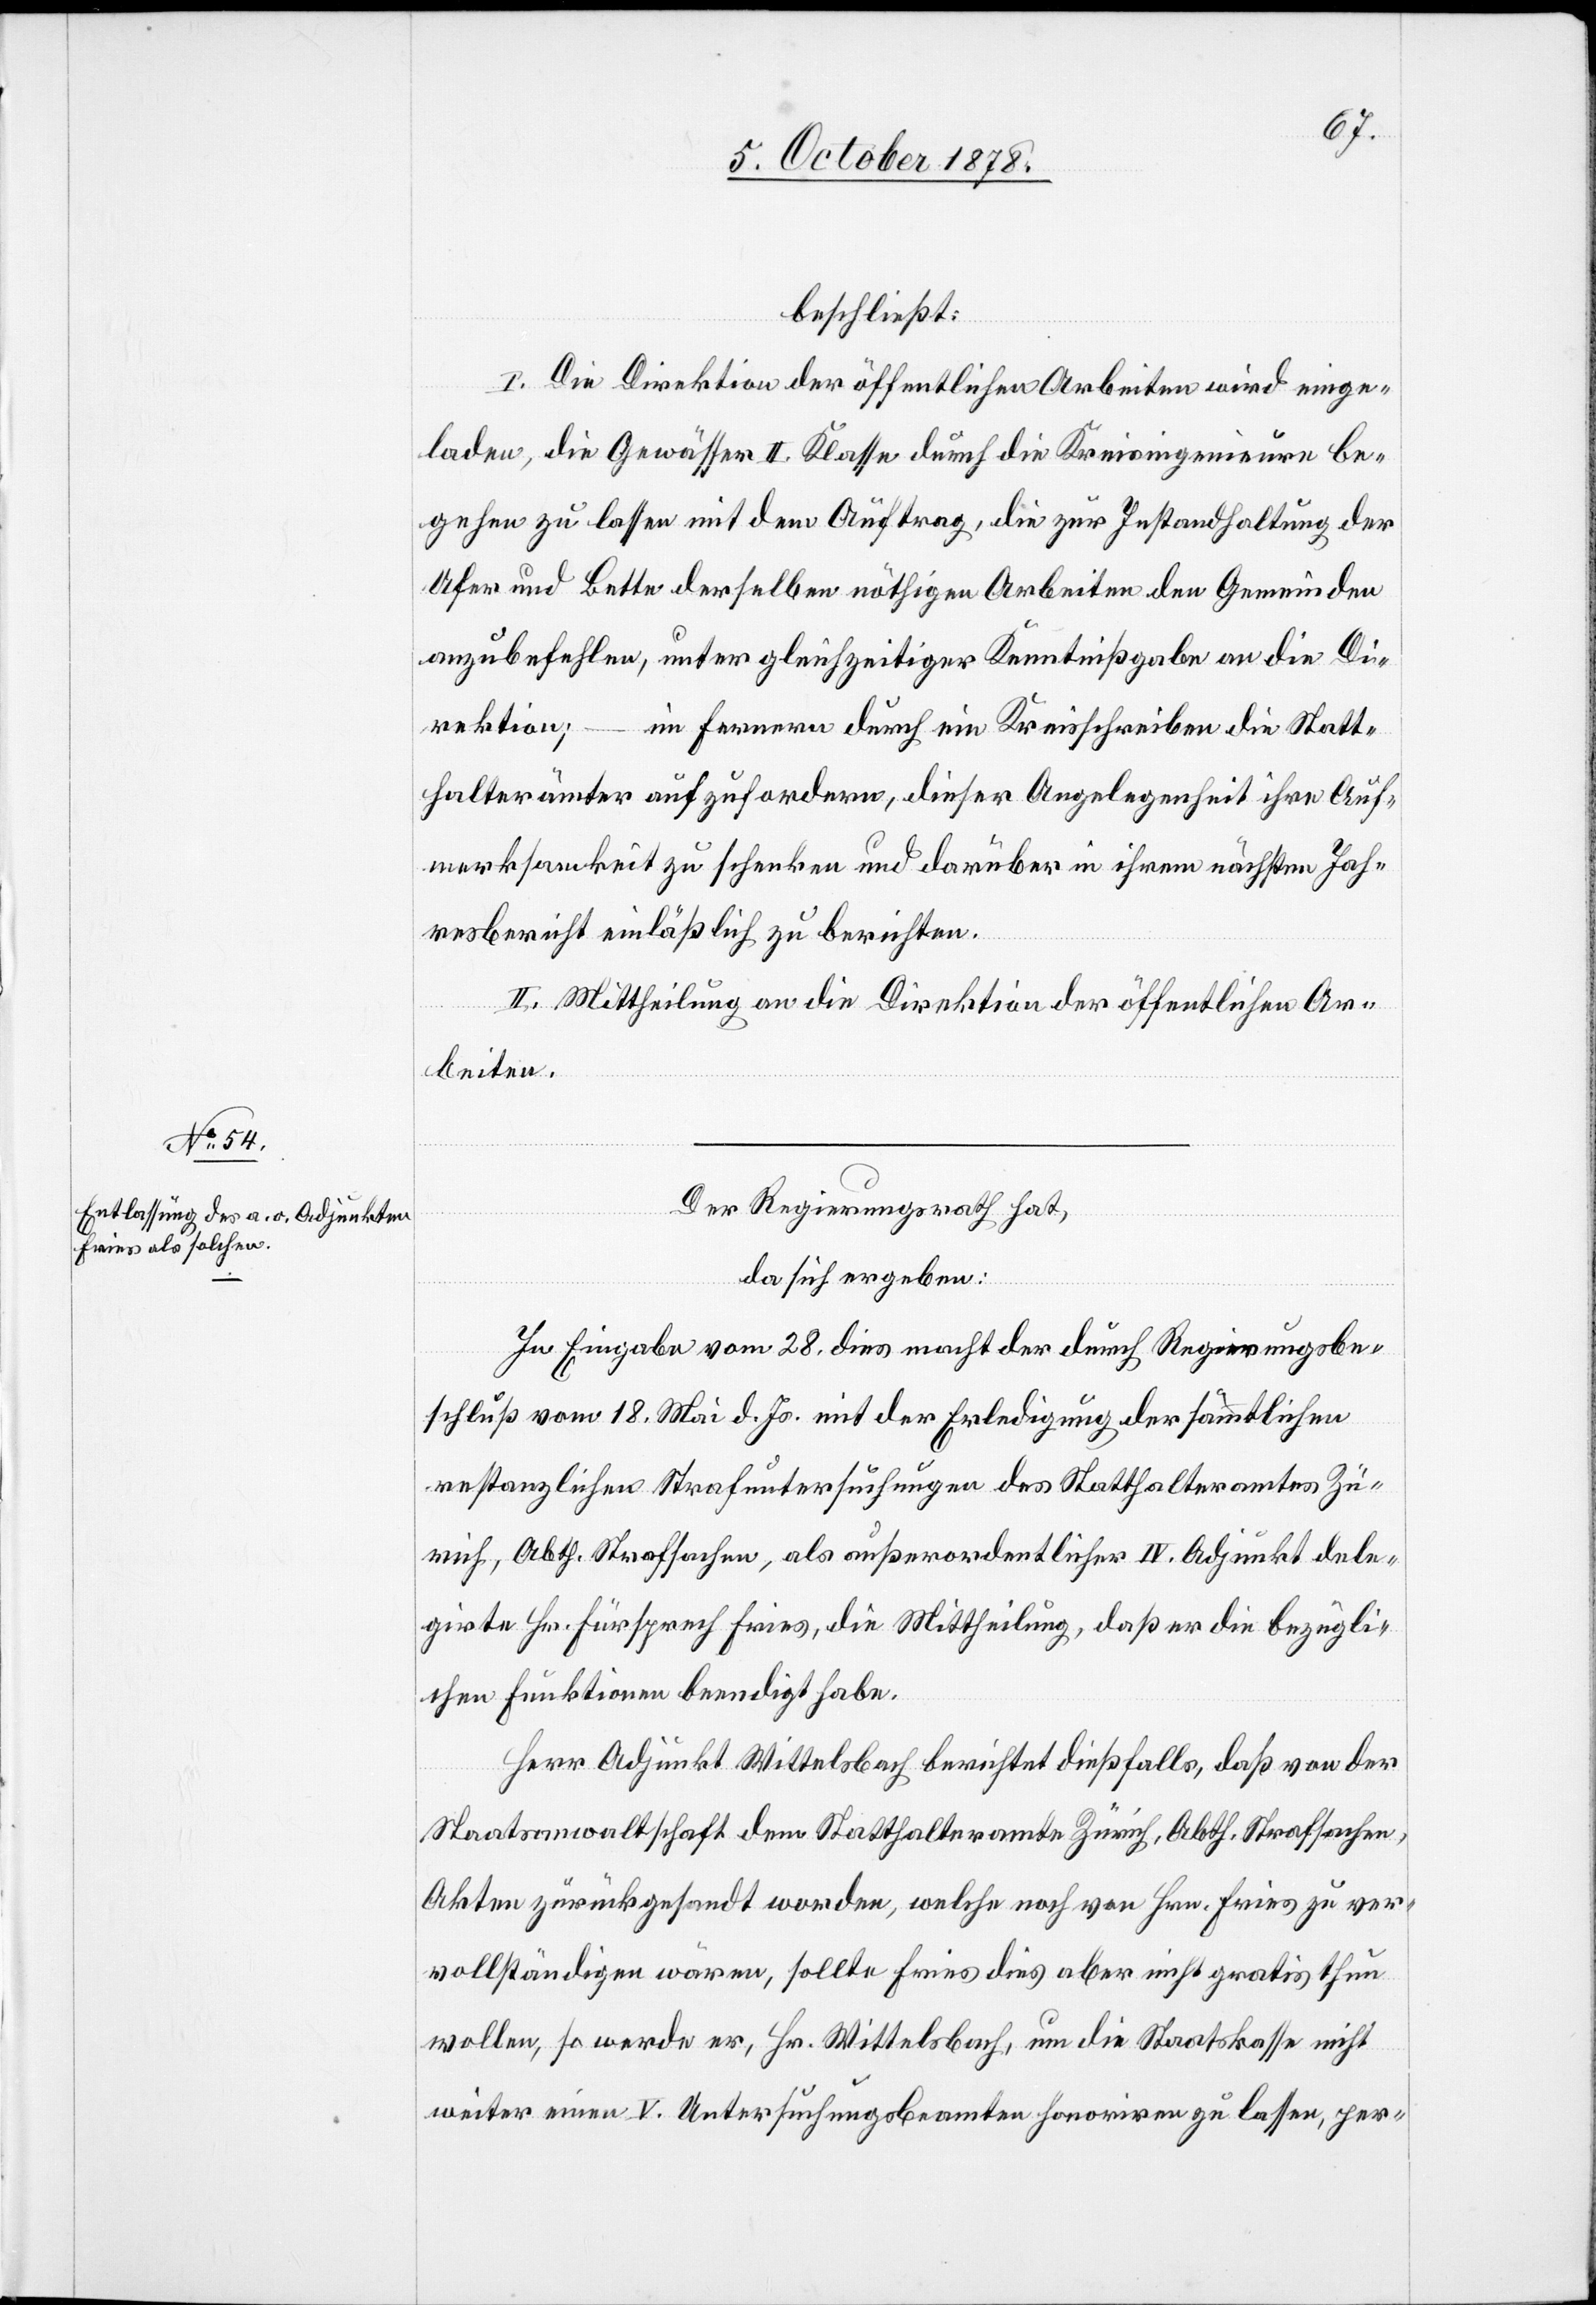
beschließt:
I. Die Direktion der öffentlichen Arbeiten wird einge¬
laden, die Gewässer II. Klasse durch die Kreisingenieure be¬
gehen zu lassen mit dem Auftrag, die zur Instandhaltung der
Ufer und Bette derselben nöthigen Arbeiten den Gemeinden
anzubefehlen, unter gleichzeitiger Kenntnißgabe an die Di¬
rektion; – im Fernern durch ein Kreisschreiben die Statt¬
halterämter aufzufordern, dieser Angelegenheit ihre Auf¬
merksamkeit zu schenken und darüber in ihrem nächsten Jah¬
resbericht einlässlich zu berichten.
II. Mittheilung an die Direktion der öffentlichen Ar¬
beiten.
Der Regierungsrath hat,
da sich ergeben:
In Eingabe vom 28. dies macht der durch Regierungsbe¬
schluß vom 18. Mai d. Js. mit der Erledigung der sämmtlichen
restanzlichen Strafuntersuchungen des Statthalteramtes Zü¬
rich, Abth. Strafsachen, als außerordentlicher IV. Adjunkt dele¬
girte Hr. Fürsprech Fries, die Mittheilung, daß er die bezügli¬
chen Funktionen beendigt habe.
Herr Adjunkt Wittelsbach berichtet dießfalls, daß von der
Staatsanwaltschaft dem Statthalteramte Zürich, Abth. Strafsachen,
Akten zurückgesandt worden, welche noch von Hrn. Fries zu ver¬
vollständigen wären, sollte Fries dies aber nicht gratis thun
wollen, so werde er, Hr. Wittelsbach, um die Staatskasse nicht
weiter einen V. Untersuchungsbeamten honoriren zu lassen, per-